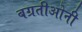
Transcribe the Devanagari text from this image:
बग्रतीओनी